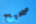
صحيح